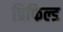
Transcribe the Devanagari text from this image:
प्रिफिल्ड